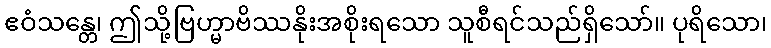
ဧဝံသန္တေ၊ ဤသို့ဗြဟ္မာဗိဿနိုးအစိုးရသော သူစီရင်သည်ရှိသော်။ ပုရိသော၊